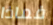
فماذا